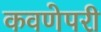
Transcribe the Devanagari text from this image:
कवणेपरी